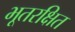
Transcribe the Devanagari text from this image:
भूतरक्षित